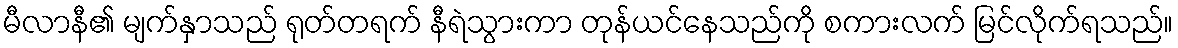
မီလာနီ၏ မျက်နှာသည် ရုတ်တရက် နီရဲသွားကာ တုန်ယင်နေသည်ကို စကားလက် မြင်လိုက်ရသည်။